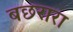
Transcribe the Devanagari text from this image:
बछरारा